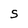
Character: S